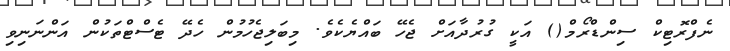
ނެފްރޮޓިކް ސިންޑްރޯމް() އަކީ ގުރުދާއަށް ޖެހޭ ބައްޔެކެވެ. މިބަލިޖެހުމުން ހެދޭ ޓެސްޓްތަކުން އަންނަނިވި